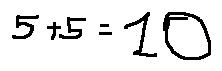
5 + 5 = 1 0